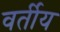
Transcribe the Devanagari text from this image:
वर्तीय